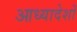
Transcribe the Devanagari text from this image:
आध्यादेशों